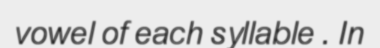
vowel of each syllable . In